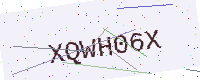
Text: XQWH06X